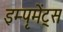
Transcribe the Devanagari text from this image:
इम्पृमेंट्स